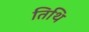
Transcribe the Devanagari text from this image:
तिथि